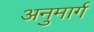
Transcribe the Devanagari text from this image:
अनुमार्ग